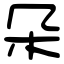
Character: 朵